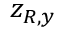
z _ { R , y }